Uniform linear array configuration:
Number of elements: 4
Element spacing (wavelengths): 0.75
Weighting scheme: cosine
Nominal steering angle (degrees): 15
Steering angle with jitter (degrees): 15.208
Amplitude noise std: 0.05
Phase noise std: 0.05

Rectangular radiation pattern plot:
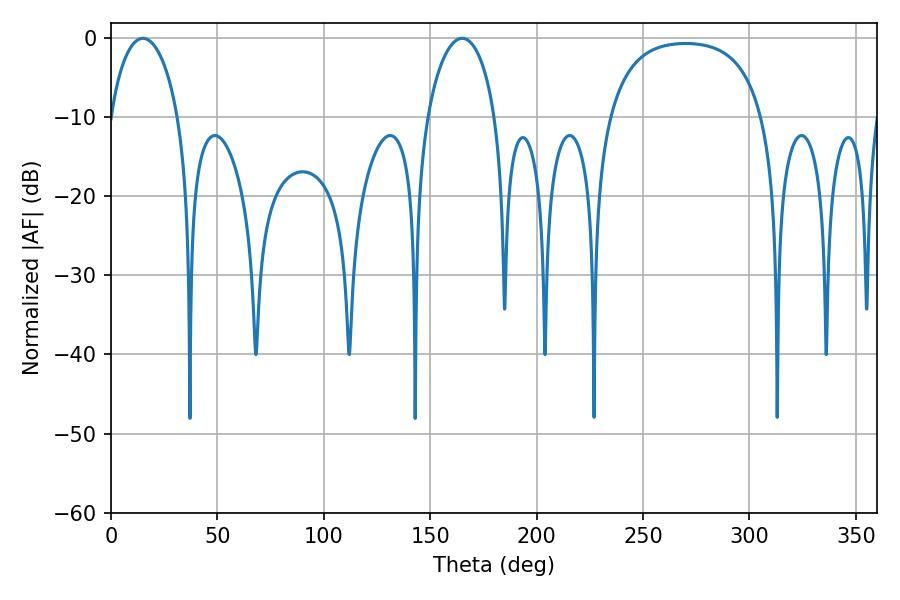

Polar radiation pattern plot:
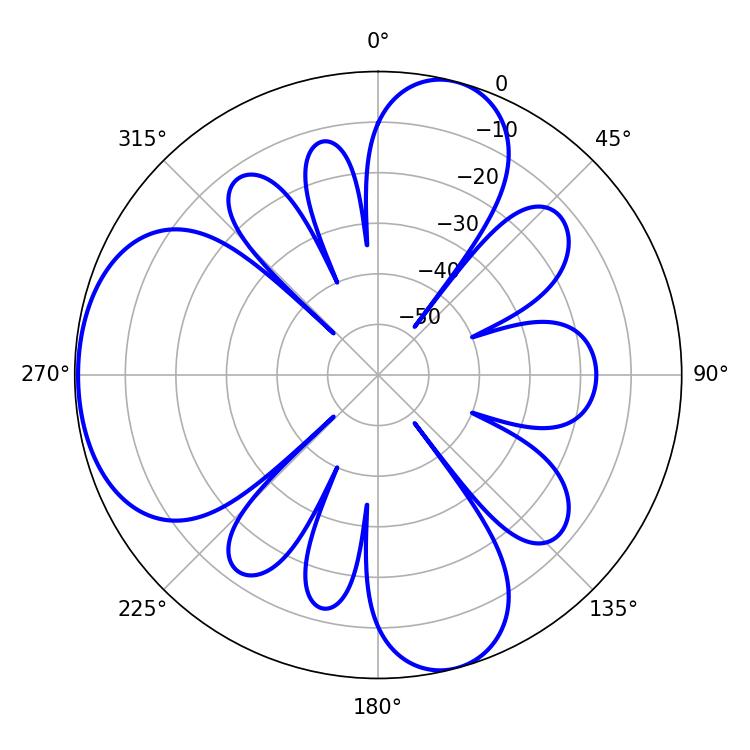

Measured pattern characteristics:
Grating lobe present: TRUE
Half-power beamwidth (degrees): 18.18
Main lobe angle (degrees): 14.94